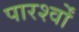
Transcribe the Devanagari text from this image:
पारर्श्वों